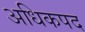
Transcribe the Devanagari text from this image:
अधिकपद